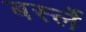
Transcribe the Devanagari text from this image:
बर्स्ले